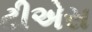
ટીએસ